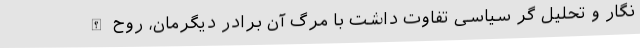
نگار و تحلیل گر سیاسی تفاوت داشت با مرگ آن برادر دیگرمان، روح الله